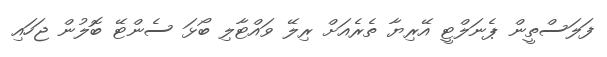
ފަލަސްތީން ޕެނަލްޓީ އޭރިޔާ ތެރެއަށް ރިލޭ ވައްޓާލި ބޯޅަ ސެންޓޭ ބޮލުން ޖަހައި